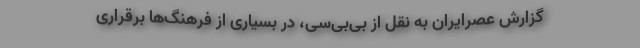
گزارش عصرایران به نقل از بی‌بی‌سی، در بسیاری از فرهنگ‌ها برقراری